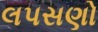
લપસણો